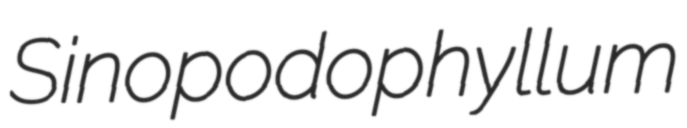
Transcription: Sinopodophyllum